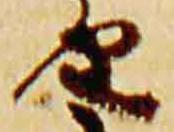
由